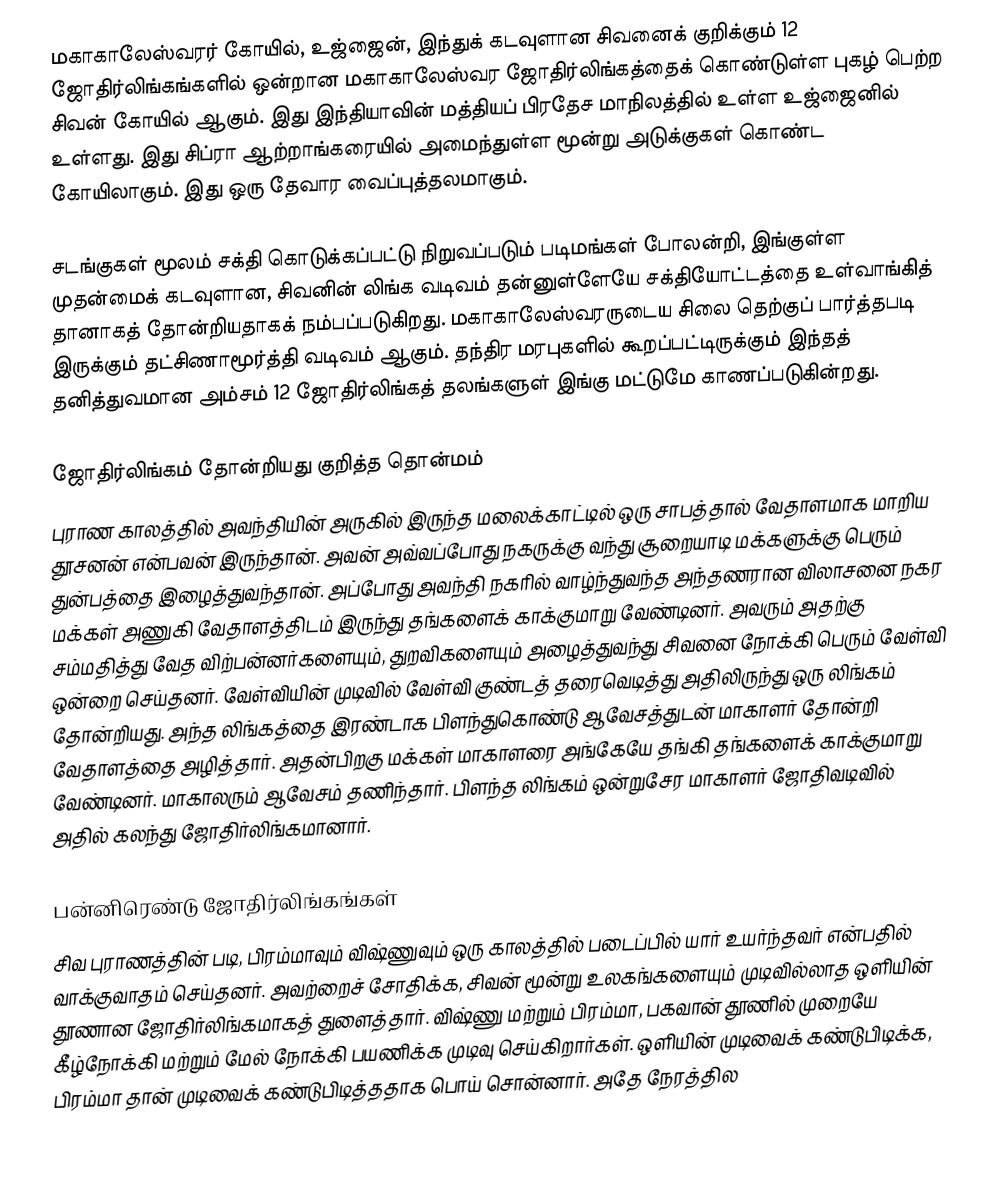
மகாகாலேஸ்வரர் கோயில், உஜ்ஜைன், இந்துக் கடவுளான சிவனைக் குறிக்கும் 12 ஜோதிர்லிங்கங்களில் ஒன்றான மகாகாலேஸ்வர ஜோதிர்லிங்கத்தைக் கொண்டுள்ள புகழ் பெற்ற சிவன் கோயில் ஆகும். இது இந்தியாவின் மத்தியப் பிரதேச மாநிலத்தில் உள்ள உஜ்ஜைனில் உள்ளது. இது சிப்ரா ஆற்றாங்கரையில் அமைந்துள்ள மூன்று அடுக்குகள் கொண்ட கோயிலாகும். இது ஒரு தேவார வைப்புத்தலமாகும்.

சடங்குகள் மூலம் சக்தி கொடுக்கப்பட்டு நிறுவப்படும் படிமங்கள் போலன்றி, இங்குள்ள முதன்மைக் கடவுளான, சிவனின் லிங்க வடிவம் தன்னுள்ளேயே சக்தியோட்டத்தை உள்வாங்கித் தானாகத் தோன்றியதாகக் நம்பப்படுகிறது. மகாகாலேஸ்வரருடைய சிலை தெற்குப் பார்த்தபடி இருக்கும்  தட்சிணாமூர்த்தி வடிவம் ஆகும். தந்திர மரபுகளில் கூறப்பட்டிருக்கும் இந்தத் தனித்துவமான அம்சம் 12 ஜோதிர்லிங்கத் தலங்களுள் இங்கு மட்டுமே காணப்படுகின்றது.

ஜோதிர்லிங்கம் தோன்றியது குறித்த தொன்மம்
புராண காலத்தில் அவந்தியின் அருகில் இருந்த மலைக்காட்டில் ஒரு சாபத்தால் வேதாளமாக மாறிய தூசனன் என்பவன் இருந்தான். அவன் அவ்வப்போது நகருக்கு வந்து சூறையாடி மக்களுக்கு பெரும் துன்பத்தை இழைத்துவந்தான். அப்போது அவந்தி நகரில் வாழ்ந்துவந்த அந்தணரான விலாசனை நகர மக்கள் அணுகி வேதாளத்திடம் இருந்து தங்களைக் காக்குமாறு வேண்டினர். அவரும் அதற்கு சம்மதித்து வேத விற்பன்னர்களையும், துறவிகளையும் அழைத்துவந்து சிவனை நோக்கி பெரும் வேள்வி ஒன்றை செய்தனர். வேள்வியின் முடிவில் வேள்வி குண்டத் தரைவெடித்து அதிலிருந்து ஒரு லிங்கம் தோன்றியது. அந்த லிங்கத்தை இரண்டாக பிளந்துகொண்டு ஆவேசத்துடன் மாகாளர் தோன்றி வேதாளத்தை அழித்தார். அதன்பிறகு மக்கள் மாகாளரை அங்கேயே தங்கி தங்களைக் காக்குமாறு வேண்டினர். மாகாலரும் ஆவேசம் தணிந்தார். பிளந்த லிங்கம் ஒன்றுசேர மாகாளர் ஜோதிவடிவில் அதில் கலந்து ஜோதிர்லிங்கமானார்.

பன்னிரெண்டு ஜோதிர்லிங்கங்கள்
சிவ புராணத்தின் படி, பிரம்மாவும் விஷ்ணுவும் ஒரு காலத்தில் படைப்பில் யார் உயர்ந்தவர் என்பதில் வாக்குவாதம் செய்தனர். அவற்றைச் சோதிக்க, சிவன் மூன்று உலகங்களையும் முடிவில்லாத ஒளியின் தூணான ஜோதிர்லிங்கமாகத் துளைத்தார். விஷ்ணு மற்றும் பிரம்மா, பகவான் தூணில் முறையே கீழ்நோக்கி மற்றும் மேல் நோக்கி பயணிக்க முடிவு செய்கிறார்கள். ஒளியின் முடிவைக் கண்டுபிடிக்க, பிரம்மா தான் முடிவைக் கண்டுபிடித்ததாக பொய் சொன்னார். அதே நேரத்தில